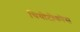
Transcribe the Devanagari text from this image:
थियोटोकोस